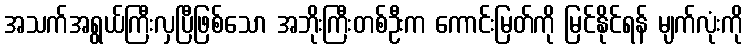
အသက်အရွယ်ကြီးလှပြီဖြစ်သော အဘိုးကြီးတစ်ဦးက ကောင်းမြတ်ကို မြင်နိုင်ရန် မျက်လုံးကို